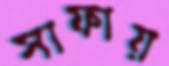
সাফায়